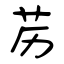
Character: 苈